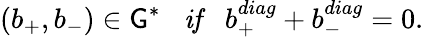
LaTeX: (b_{+},b_{-})\in{\cal\mathsf{G}^{*}}\; \; \; \mathrm{{\mathit{{if}}}}\; \; \; b_{+}^{diag}+b_{-}^{diag}=0.